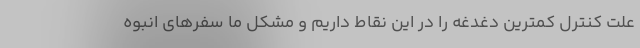
علت کنترل کمترین دغدغه را در این نقاط داریم و مشکل ما سفرهای انبوه